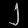
Digit: ၂